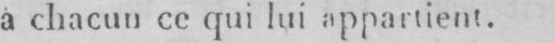
à chacun ce qui lui appartient.